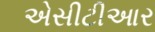
એસીટીઆર